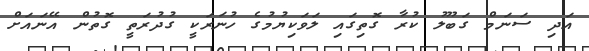
އަދި ސަނަމް ގަބޫލު ކުރާ ގޮތިގައި ލަވަކިޔުމުގެ ހުނަރަކީ ގުދުރަތީ ގޮތުން އޭނައަށް